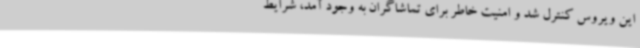
این ویروس کنترل شد و امنیت خاطر برای تماشاگران به وجود آمد، شرایط